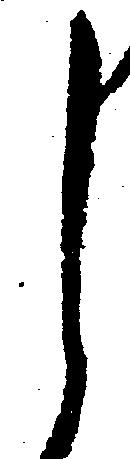
し